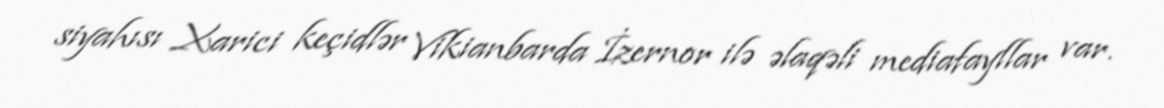
siyahısı Xarici keçidlər Vikianbarda İzernor ilə əlaqəli mediafayllar var.